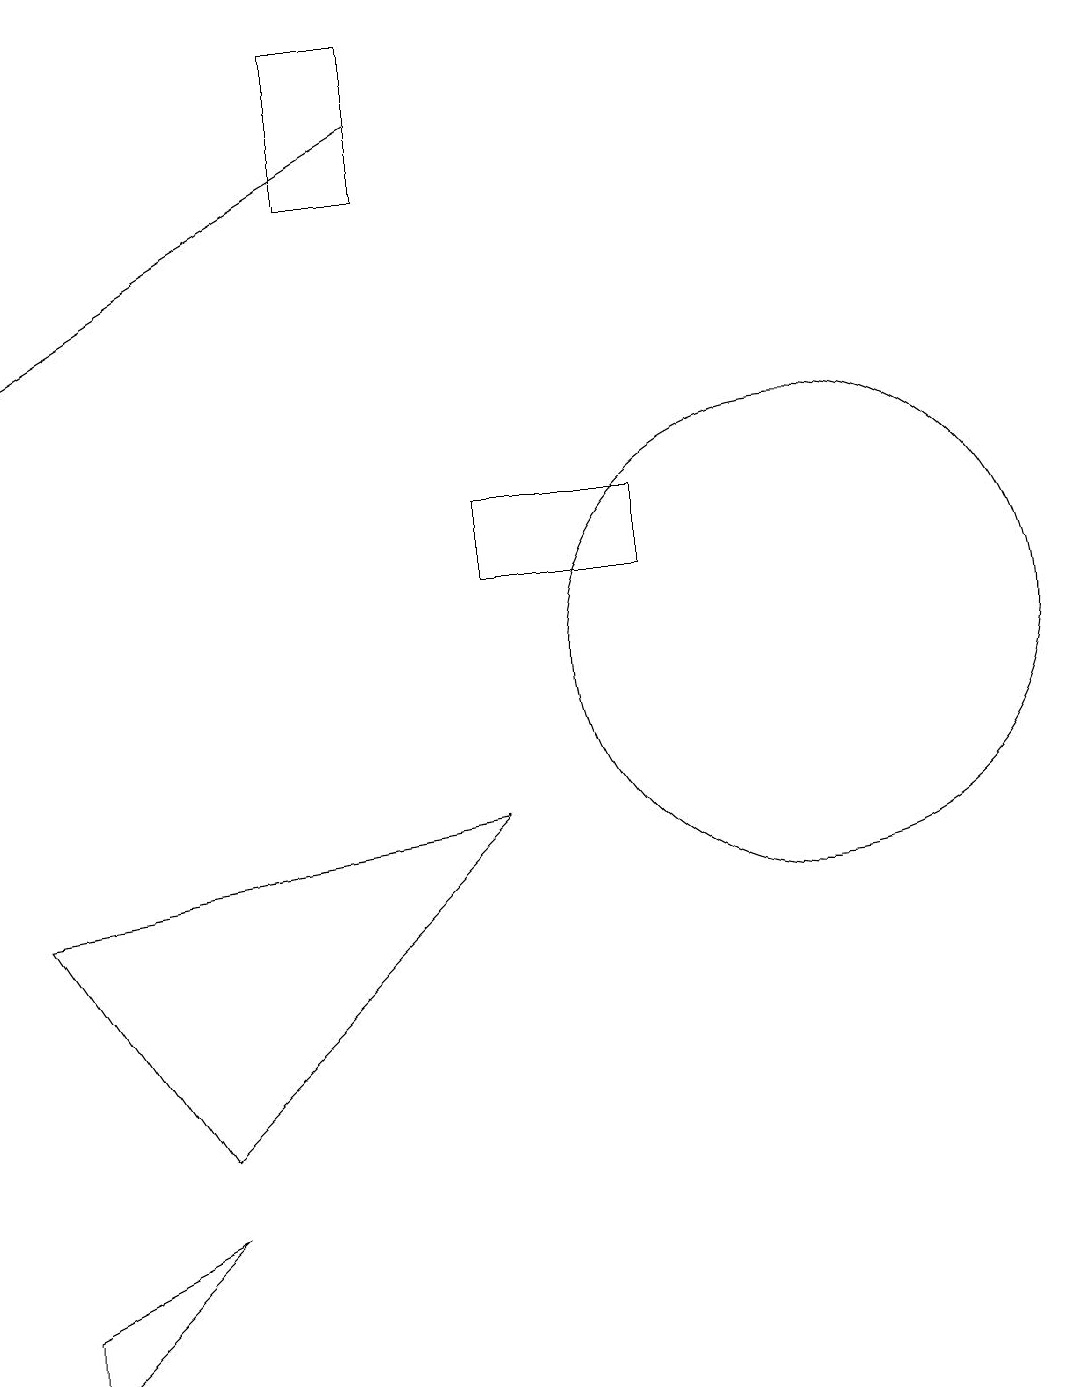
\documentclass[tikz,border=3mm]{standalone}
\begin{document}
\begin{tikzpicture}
\draw (3,5) -- (7,9) -- (1,8) -- cycle;
\draw (7,13) rectangle (9,12);
\draw[->] (6,18) -- (1,15);
\draw (3,4) -- (1,2) -- (1,3) -- cycle;
\draw (11,11) circle (3);
\draw (5,17) rectangle (6,19);
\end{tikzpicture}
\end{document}